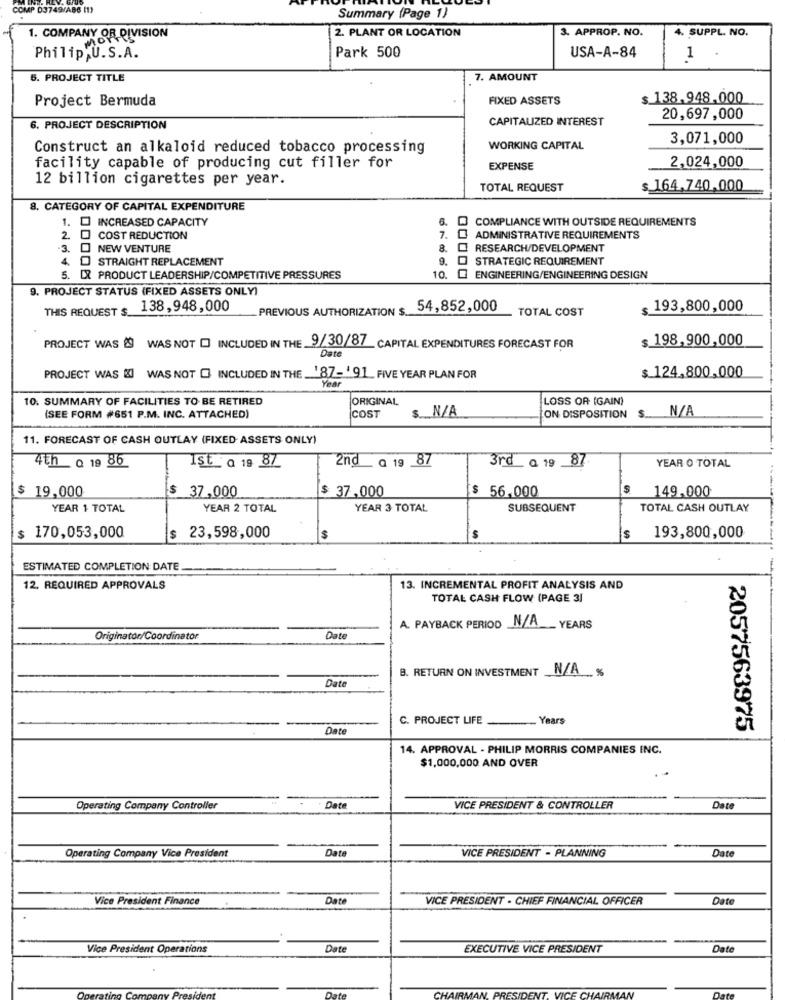
COMP 03749/AB6 (1)
Summary (Page 1)
3. APPROP. NO.
4. SUPPL. NO.
1. COMPANY OR DIVISION
2. PLANT OR LOCATION
USA-A-84
Philip,U.S.A.
Park 500
1
5. PROJECT TITLE
7. AMOUNT
Project Bermuda
FIXED ASSETS
$ 138.948,000
CAPITALIZED INTEREST
20,697,000
6. PROJECT DESCRIPTION
3,071,000
Construct an alkaloid reduced tobacco processing
WORKING CAPITAL
facility capable of producing cut filler for
EXPENSE
2,024,000
12 billion cigarettes per year.
TOTAL REQUEST
$ 164,740,000
8. CATEGORY OF CAPITAL EXPENDITURE
1. D INCREASED CAPACITY
6.
COMPLIANCE WITH OUTSIDE REQUIREMENTS
2. D COST REDUCTION
7. @ ADMINISTRATIVE REQUIREMENTS
3
]NEW VENTURE
8.
RESEARCH/DEVELOPMENT
4. D STRAIGHT REPLACEMENT
9.
STRATEGIC REQUIREMENT
5. DR PRODUCT LEADERSHIP/COMPETITIVE PRESSURES
10. @ ENGINEERING/ENGINEERING DESIGN
9. PROJECT STATUS (FIXED ASSETS ONLY)
THIS REQUEST $_
138,948,000
PREVIOUS AUTHORIZATION $ ...
54,852,000
TOTAL COST
$ 193,800,000
$ 198,900,000
PROJECT WAS & WAS NOT [ INCLUDED IN THE 9/30/87 CAPITAL EXPENDITURES FORECAST FOR
Date
PROJECT WAS & WAS NOT O INCLUDED IN THE ..
'87-191 FIVE YEAR PLAN FOR
Year
$ 124,800,000
10. SUMMARY OF FACILITIES TO BE RETIRED
ORIGINAL
LOSS OR (GAIN)
s. N/A
ON DISPOSITION $. N/A
(SEE FORM #651 P.M. INC. ATTACHED)
COST
11. FORECAST OF CASH OUTLAY (FIXED ASSETS ONLY)
3rd_ Q 19 _87
YEAR O TOTAL
4th _ Q 19 86
St_ a 19 87
2nd_ a 19 87
$ 37,000
$ 56.000
S
$ 19,000
$ 37,000
149,000
YEAR 1 TOTAL
YEAR 2 TOTAL
YEAR 3 TOTAL
SUBSEQUENT
TOTAL CASH OUTLAY
$ 170,053,000
$ 23,598,000
$
$
$
193,800,000
ESTIMATED COMPLETION DATE
12. REQUIRED APPROVALS
13. INCREMENTAL PROFIT ANALYSIS AND
TOTAL CASH FLOW (PAGE 31
A. PAYBACK PERIOD N/A __ YEARS
Originator/Coordinator
Date
B. RETURN ON INVESTMENT N/A %
Date
C. PROJECT LIFE
. Years
Date
2057563975
14. APPROVAL - PHILIP MORRIS COMPANIES INC.
$1,000,000 AND OVER
Operating Company Controller
Dat
VICE PRESIDENT & CONTROLLER
Date
Operating Company Vice President
Date
VICE PRESIDENT - PLANNING
Date
Vice President Finance
Date
VICE PRESIDENT - CHIEF FINANCIAL OFFICER
Date
Vice President Operations
Date
EXECUTIVE VICE PRESIDENT
Date
AIRM